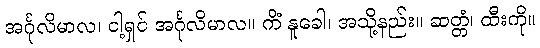
အင်္ဂုလိမာလ၊ ငါ့ရှင် အင်္ဂုလိမာလ။ ကိံ နူခေါ၊ အသို့နည်း။ ဆတ္တံ၊ ထီးကို။